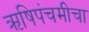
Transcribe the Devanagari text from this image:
ऋषिपंचमीचा